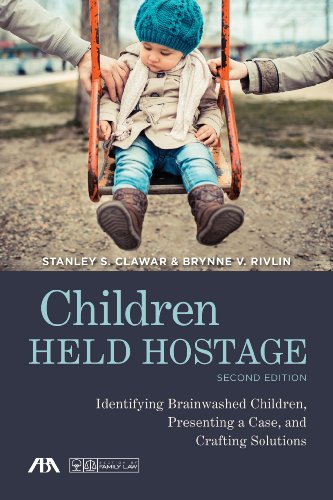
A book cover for Children Held Hostage: Identifying Brainwashed Children, Presenting a Case, and Crafting Solutions; Stanley S. Clawar; Law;